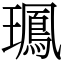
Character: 𤪧